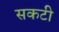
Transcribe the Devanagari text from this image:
सकटी